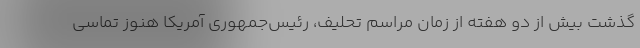
گذشت بیش از دو هفته از زمان مراسم تحلیف، رئیس‌جمهوری آمریکا هنوز تماسی